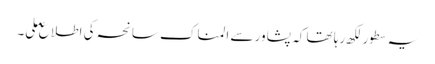
یہ سطورلکھ رہا تھا کہ پشاور سے المناک سانحہ کی اطلاع ملی۔